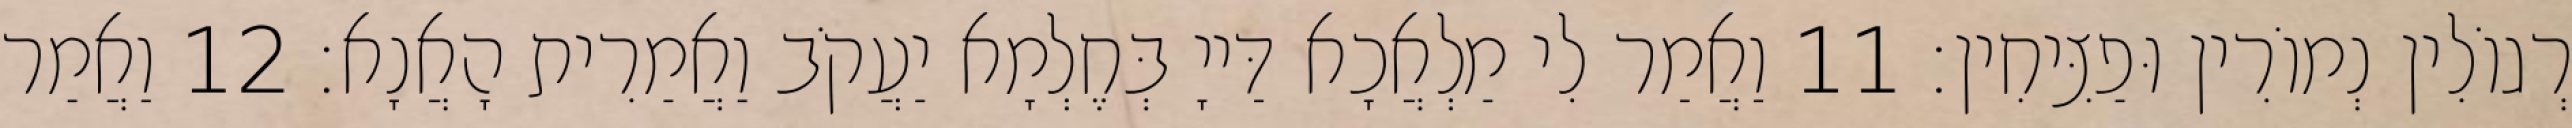
רְגוֹלִין נְמוֹרִין וּפַצִּיחִין׃ 11 וַאֲמַר לִי מַלְאֲכָא דַּייָ בְּחֶלְמָא יַעֲקֹב וַאֲמַרִית הָאֲנָא׃ 12 וַאֲמַר